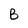
Character: B